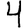
Digit: 4